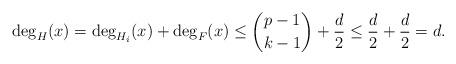
LaTeX: \begin{align*} \deg_H(x)=\deg_{H_i}(x)+\deg_F(x)\leq \binom{p-1}{k-1}+\frac{d}{2}\leq \frac{d}{2}+\frac{d}{2}=d.\end{align*}